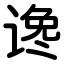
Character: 谗